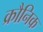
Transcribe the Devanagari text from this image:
क्रौनिक